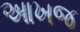
આખજ